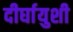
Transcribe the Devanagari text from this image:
दीर्घायुशी